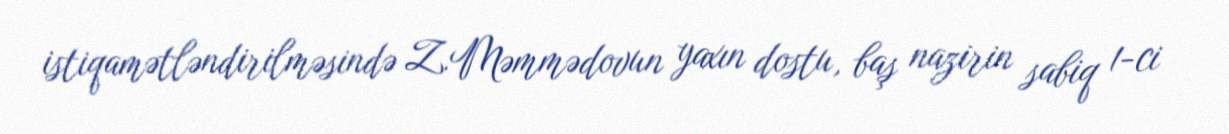
istiqamətləndirilməsində Z.Məmmədovun yaxın dostu, baş nazirin sabiq 1-ci